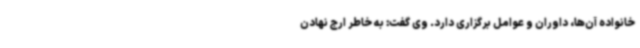
خانواده آن‌ها، داوران و عوامل برگزاری دارد. وی گفت: به خاطر ارج نهادن